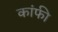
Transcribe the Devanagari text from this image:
कांफी